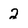
Character: 2